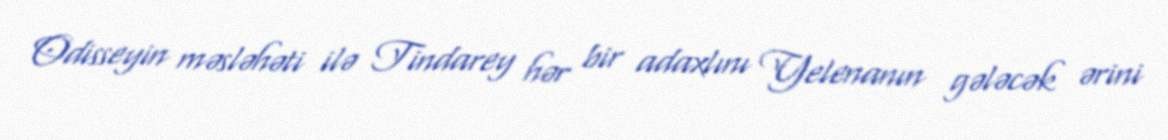
Odisseyin məsləhəti ilə Tindarey hər bir adaxlını Yelenanın gələcək ərini